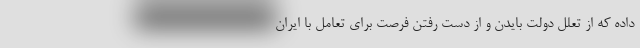
داده که از تعلل دولت بایدن و از دست رفتن فرصت برای تعامل با ایران